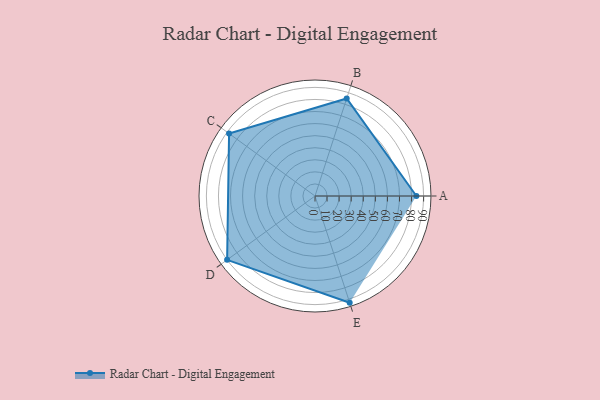
{"axis": {"x": "Skill", "y": "Score"}, "legend": ["Profile"], "data": [{"x": "A", "y": 84.0, "type": "Profile"}, {"x": "B", "y": 85.0, "type": "Profile"}, {"x": "C", "y": 88.0, "type": "Profile"}, {"x": "D", "y": 90.0, "type": "Profile"}, {"x": "E", "y": 93.0, "type": "Profile"}]}